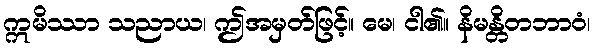
ဣမိဿာ သညာယ၊ ဤအမှတ်ဖြင့်။ မေ၊ ငါ၏။ နိမန္တိတဘာဝံ၊